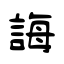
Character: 誨